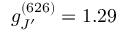
g _ { J ^ { \prime } } ^ { ( 6 2 6 ) } = 1 . 2 9